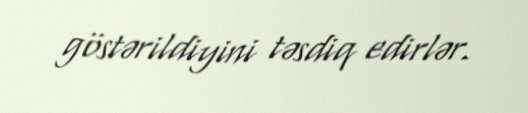
göstərildiyini təsdiq edirlər.